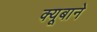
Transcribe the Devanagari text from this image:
क्यूबाने